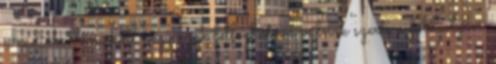
a rádióhullámokat, hogy azok felfoghatóvá válnak szerte a földgolyón.